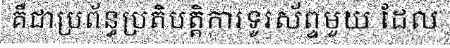
គឺជាប្រព័ន្ធប្រតិបត្តិការទូរស័ព្ទមួយ ដែល